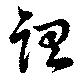
謂